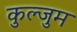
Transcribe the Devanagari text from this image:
कुल्जुम